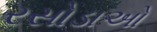
રસોડાઓ